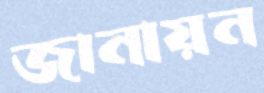
জানায়ন